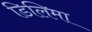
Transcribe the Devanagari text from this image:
डिलिमा